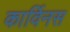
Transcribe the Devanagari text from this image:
कार्विनस